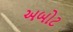
અબોટ